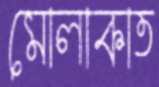
মোলাকাত